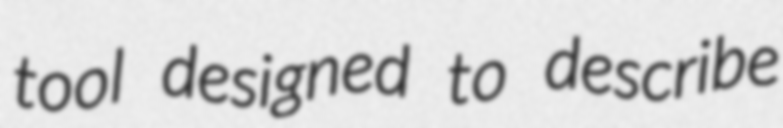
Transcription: tool designed to describe